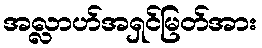
အလ္လာဟ်အရှင်မြတ်အား